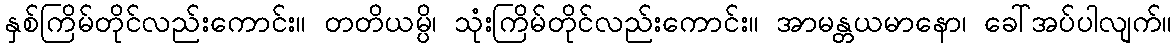
နှစ်ကြိမ်တိုင်လည်းကောင်း။ တတိယမ္ပိ၊ သုံးကြိမ်တိုင်လည်းကောင်း။ အာမန္တယမာနော၊ ခေါ်အပ်ပါလျက်။